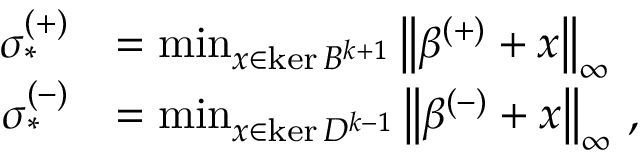
\begin{array} { r l } { \sigma _ { * } ^ { ( + ) } } & { = \operatorname* { m i n } _ { x \in \ker B ^ { k + 1 } } \left\lVert \beta ^ { ( + ) } + x \right\rVert _ { \infty } } \\ { \sigma _ { * } ^ { ( - ) } } & { = \operatorname* { m i n } _ { x \in \ker D ^ { k - 1 } } \left\lVert \beta ^ { ( - ) } + x \right\rVert _ { \infty } \, , } \end{array}